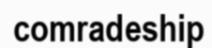
comradeship